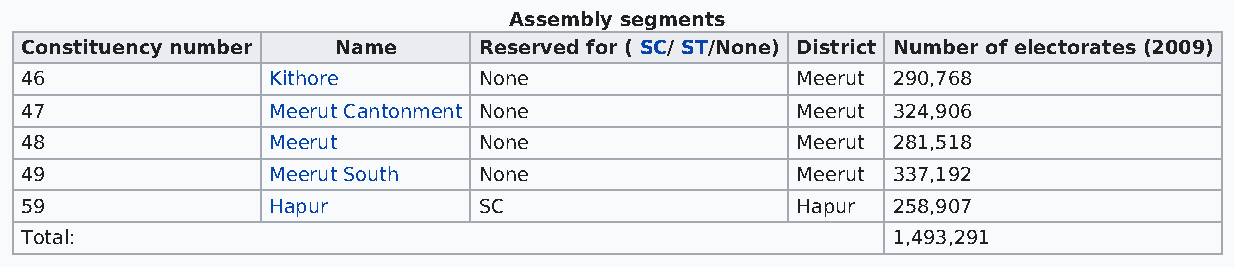
Assembly segments
 Constituency number  Name      Reserved for ( SC/ ST/None) District Number of electorates (2009)
 46               Kithore       None                 Meerut 290,768
 47               Meerut Cantonment None             Meerut 324,906
 48               Meerut        None                 Meerut 281,518
 49               Meerut South  None                 Meerut 337,192
 59               Hapur         SC                   Hapur 258,907
 Total:                                                    1,493,291